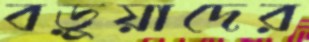
বড়ুয়াদের